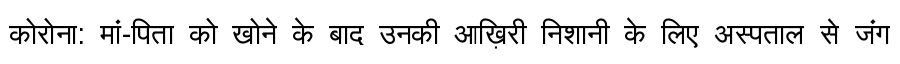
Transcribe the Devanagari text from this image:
कोरोना: मां-पिता को खोने के बाद उनकी आख़िरी निशानी के लिए अस्पताल से जंग